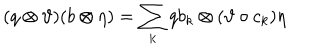
( q \otimes \vartheta ) ( b \otimes \eta ) = \sum _ { k } q b _ { k } \otimes ( \vartheta \circ c _ { k } ) \eta